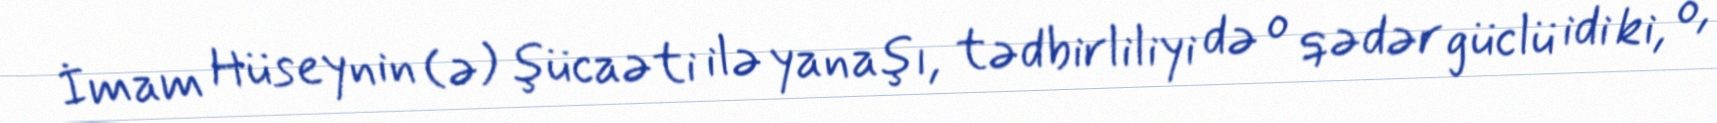
İmam Hüseynin (ə) şücaəti ilə yanaşı, tədbirliliyi də o qədər güclü idi ki, o,